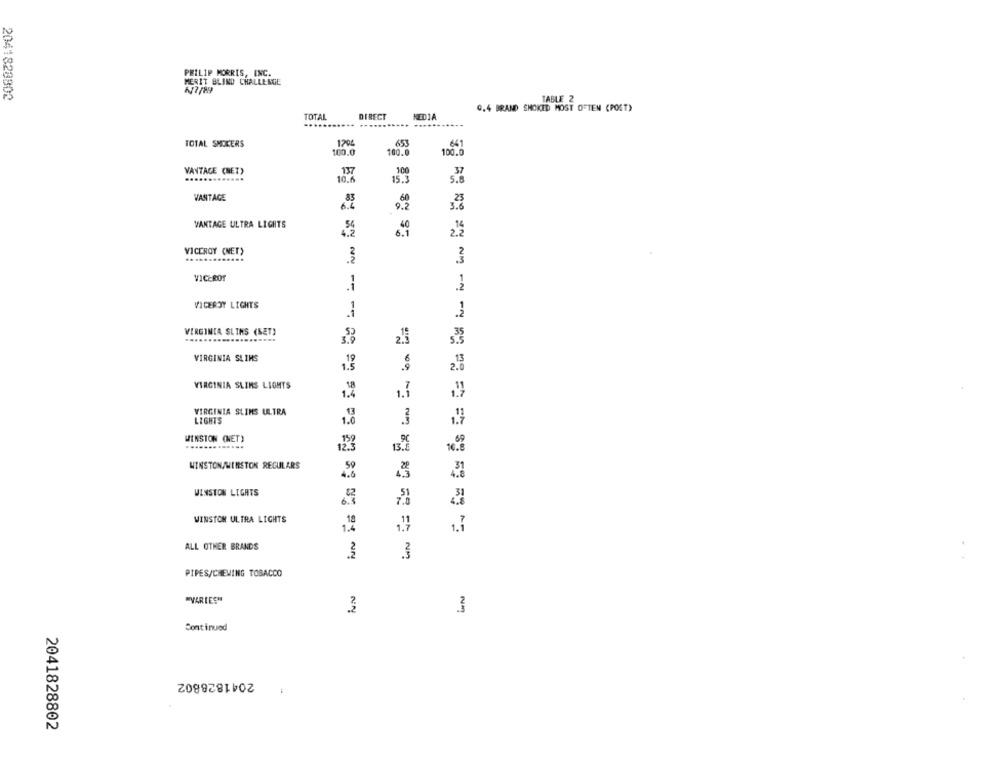
PHILIP MORRIS, INC.
MERIT BLIND CHALLENGE
2041828802
TABLE 2
0.4 BRAND SMOKED MOST OFTEN (POST)
DIRECT
TOTAL
......
MEDIA
TOTAL SMOKERS
1794
641
100.0
100.0
100.0
100
VANTAGE (NET)
137
.............
10.6
15.3
5.8
VANTAGE
60
9.8
3.8
VANTAGE ULTRA LIGHTS
6.1
VICEROY (NET)
3
VICEROY
VICEROY LIGHTS
VIRGINIA SLIMS (SET)
.35
VIRGINIA SLIMS
2.0
VIRGINIA SLIMS LIGHTS
18
1.4
1.1
VIRGINIA SLIMS ULTRA
LIGHTS
1.0
3
WINSTON (NET)
12.3
WINSTON/WINSTON REGULARS
59
WINSTON LIGHTS
6.8
WINSTON ULTRA LIGHTS
1.7
ALL OTHER BRANDS
3
3
PIPES/CHEWING TOBACCO
"VARIES"
3
.3
Continued
2041828802
2041828802